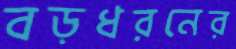
বড়ধরনের